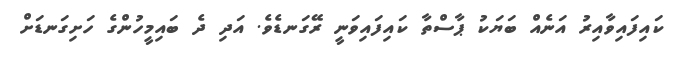
ކައިފައިވާއިރު އަނެއް ބަޔަކު ޕާސްތާ ކައިފައިވަނީ ރޭގަނޑެވެ. އަދި ދެ ބައިމީހުންގެ ހަށިގަނޑަށް